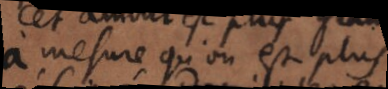
a mesure qu’on est plus